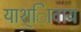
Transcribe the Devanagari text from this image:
याश्ािवाय